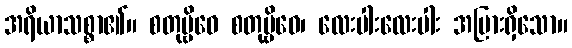
အရိယာသစ္စာ၏။ စတုဗ္ဗိဓေ စတုဗ္ဗိဓေ၊ လေးပါးလေးပါး အပြားရှိသော။